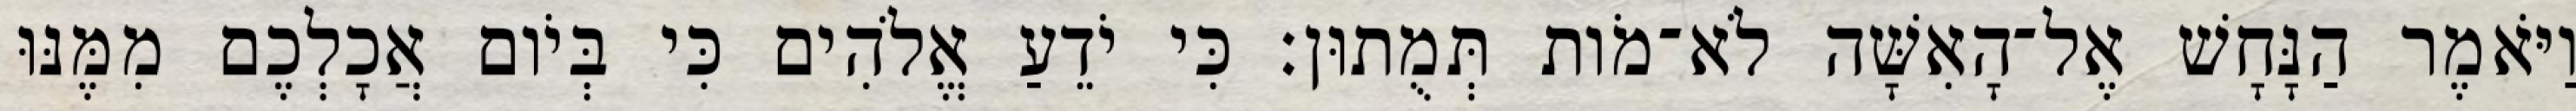
וַיֹּאמֶר הַנָּחָשׁ אֶל־הָאִשָּׁה לֹא־מֹות תְּמֻתוּן׃ כִּי יֹדֵעַ אֱלֹהִים כִּי בְּיֹום אֲכָלְכֶם מִמֶּנּוּ